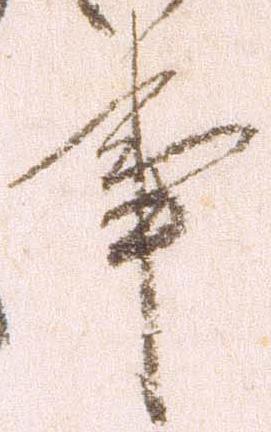
事